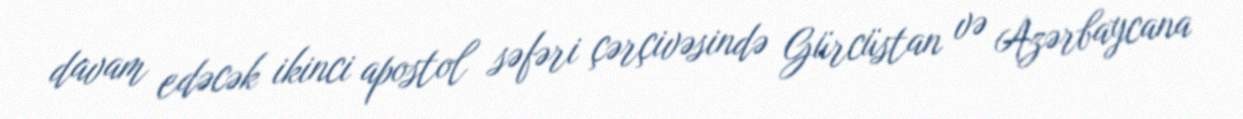
davam edəcək ikinci apostol səfəri çərçivəsində Gürcüstan və Azərbaycana